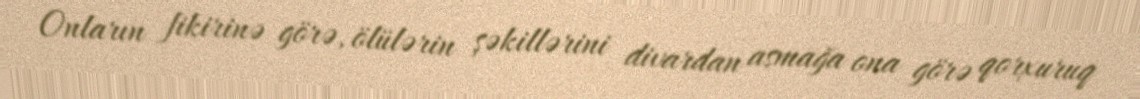
Onların fikirinə görə, ölülərin şəkillərini divardan asmağa ona görə qorxuruq